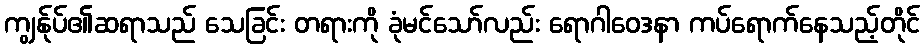
ကျွန်ုပ်၏ဆရာသည် သေခြင်း တရားကို ခုံမင်သော်လည်း ရောဂါဝေဒနာ ကပ်ရောက်နေသည့်တိုင်